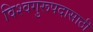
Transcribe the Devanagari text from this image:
विश्वगुरूपदासाठी